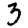
Digit: 3